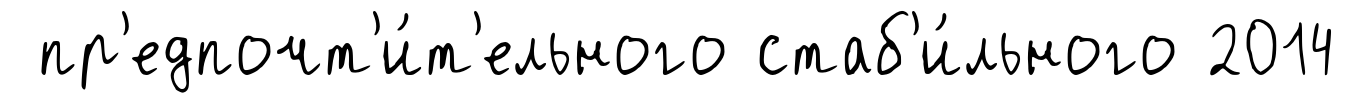
пр'едпочт'и́т'ельного стаб'и́льного 2014